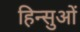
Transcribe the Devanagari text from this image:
हिन्सुओं